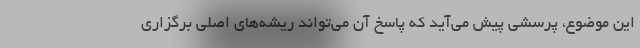
این موضوع، پرسشی پیش می‌آید که پاسخ آن می‌تواند ریشه‌های اصلی برگزاری